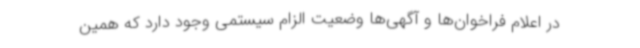
در اعلام فراخوان‌ها و آگهی‌ها وضعیت الزام سیستمی وجود دارد که همین